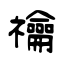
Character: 禴